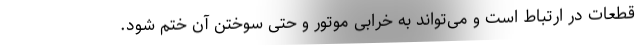
قطعات در ارتباط است و می‌تواند به خرابی موتور و حتی سوختن آن ختم شود.